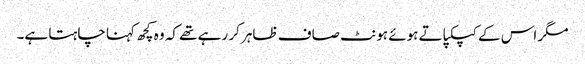
مگر اس کے کپکپاتے ہوئے ہونٹ صاف ظاہر کر رہے تھے کہ وہ کچھ کہنا چاہتا ہے۔